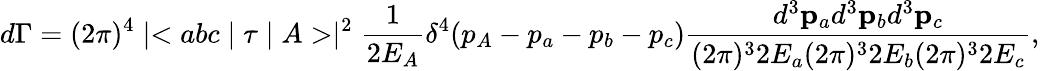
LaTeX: d\Gamma=(2\pi)^{4}\mid<abc\mid\tau\mid A>\mid^{2}\frac{1}{2E_{A}}\delta^{4}(p_{A}-p_{a}-p_{b}-p_{c})\frac{d^{3}{\mathbf p}_{a}d^{3}{\mathbf p}_{b}d^{3}{\mathbf p}_{c}}{(2\pi)^{3}2E_{a}(2\pi)^{3}2E_{b}(2\pi)^{3}2E_{c}},